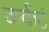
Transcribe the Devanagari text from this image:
कर्कटं